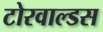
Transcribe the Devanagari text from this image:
टोरवाल्डस